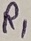
Text: R1